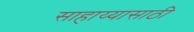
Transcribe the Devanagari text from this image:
साहाय्यासाठी